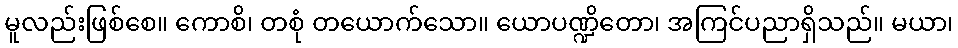
မူလည်းဖြစ်စေ။ ကောစိ၊ တစုံ တယောက်သော။ ယောပဏ္ဍိတော၊ အကြင်ပညာရှိသည်။ မယာ၊